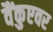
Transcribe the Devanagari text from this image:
वैंकुएवर